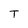
Character: T